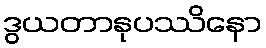
ဒွယတာနုပဿိနော